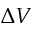
\Delta V